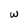
Character: w